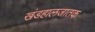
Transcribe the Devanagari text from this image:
खंडहालजातक